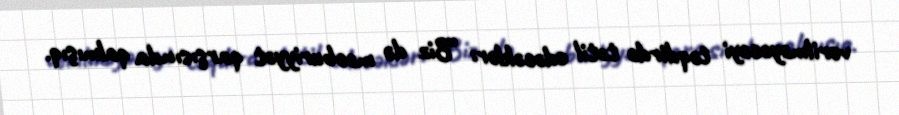
verilməyəcəyi təqdirdə tətil edəcəklər: “Biz də məcburiyyət qarşısında qalmışıq.